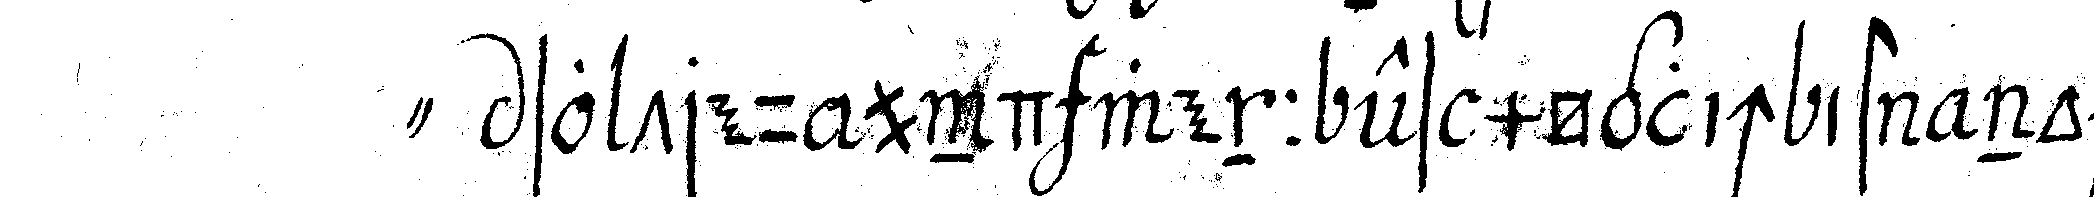
" so treu und wenn es möglich ist noch